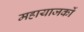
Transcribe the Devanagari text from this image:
महायाजकों